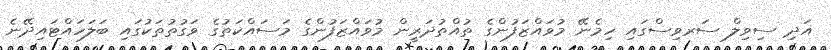
އަދި ސިވިލް ސަރވިސްގައި ހިމެނޭ މުވައްޒަފުންގެ ތުއްތުދަރީން މުވައްޒަފުންގެ މަސައްކަތުގެ ވަގުތުތަކުގައި ބަލަހައްޓައިދޭނެ